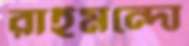
রাইমন্দো